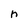
Character: n